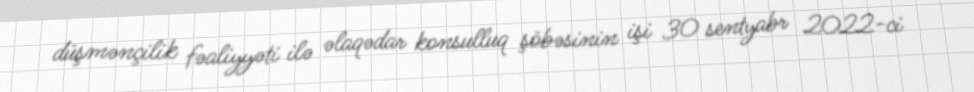
düşmənçilik fəaliyyəti ilə əlaqədar konsulluq şöbəsinin işi 30 sentyabr 2022-ci